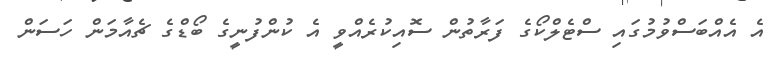
އެ އެއްބަސްވުމުގައި ސްޓެލްކޯގެ ފަރާތުން ސޮއިކުރެއްވީ އެ ކުންފުނީގެ ބޯޑްގެ ޗެއާމަން ހަސަން